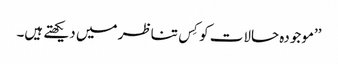
’’موجودہ حالات کو کِس تناظر میں دیکھتے ہیں۔